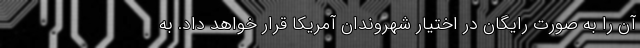
آن را به صورت رایگان در اختیار شهروندان آمریکا قرار خواهد داد. به